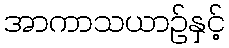
အာကာသယာဉ်နှင့်